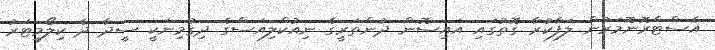
އެސްޓްރޮނޮމަރުން ލަފާކުރާ ގޮތުގައި އައިސޮން ދުންތަރީގެ ނިއުކްލިއަސްގެ ދިގުމިނަކީ ސީދާ ދެ ކިލޯމީޓަރު